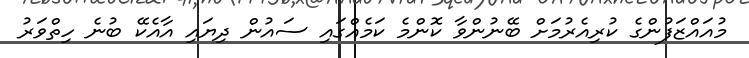
މުއައްޒަފުންގެ ކުރިއެރުމަށް ބޭނުންވާ ކޮންމެ ކަމެއްގައި ސައުން ދިޔައި އާއެކޭ ބުނެ ހިތްވަރު